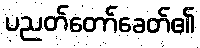
ပညတ်တော်ခေတ်၏